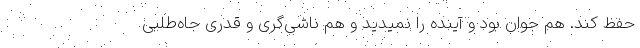
حفظ کند. هم جوان بود و آینده را نمیدید و هم ناشی‌گری و قدری جاه‌طلبی